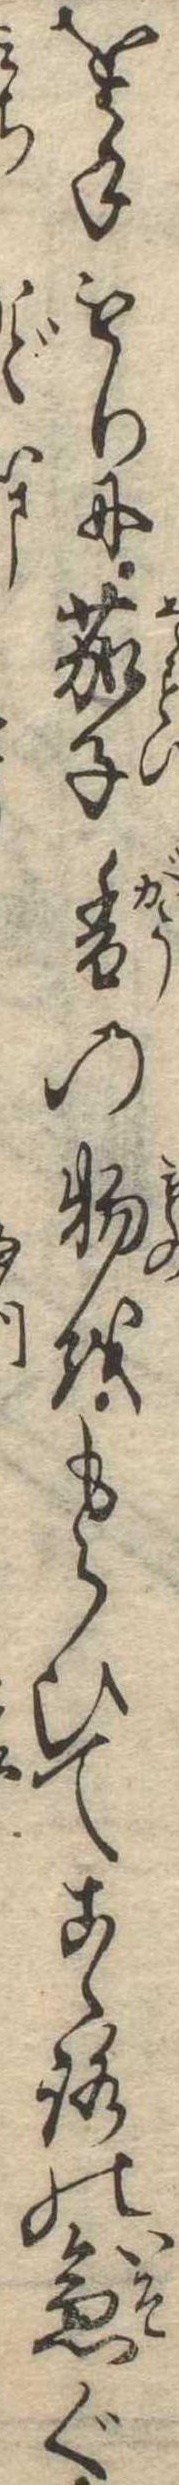
を手もりに茄子香の物をもらひてこゝろの急ぐ